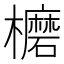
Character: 𣟖